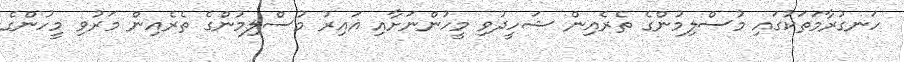
ހަނގުރާމަތަކުގައި މުސްލިމުންގެ ތެރެއިން ޝަހީދުވި މީހުންނަށާއި ޣައިރު މުސްލިމުންގެ ތެރެއިން މަރުވި މީހުންގެ